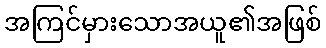
အကြင်မှားသောအယူ၏အဖြစ်